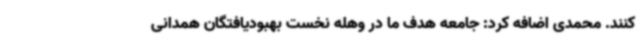
کنند. محمدی اضافه کرد: جامعه هدف ما در وهله نخست بهبودیافتگان همدانی